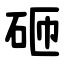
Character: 砸